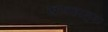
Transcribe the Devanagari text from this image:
खण्डहरनुमा